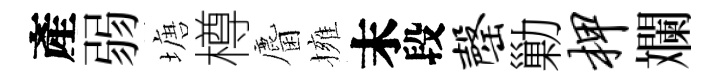
產弱塘樽麕擁末段罄勦柙斕